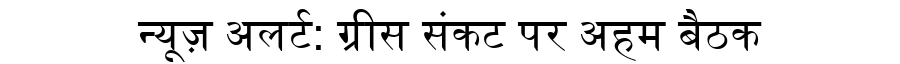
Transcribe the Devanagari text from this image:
न्यूज़ अलर्ट: ग्रीस संकट पर अहम बैठक